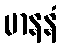
မာနနံ